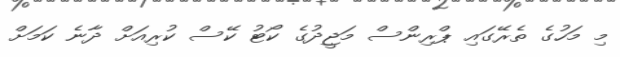
މި މަހުގެ ތެރޭގައި ޕްރިންސް މަޖީދުގެ ކޯޓު ކޭސް ކުރިއަށް ދާނެ ކަމަށް